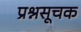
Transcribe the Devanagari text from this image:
प्रश्नसूचक